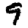
Digit: 9